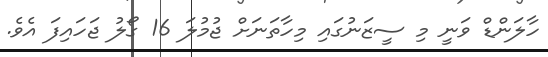
ހާލަންޑް ވަނީ މި ސީޒަނުގައި މިހާތަނަށް ޖުމުލަ 16 ގޯލު ޖަހައިފަ އެވެ.